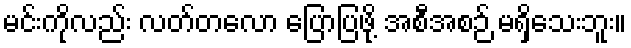
မင်းကိုလည်း လတ်တလော ပြောပြဖို့ အစီအစဉ် မရှိသေးဘူး။